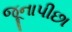
જૂનાપીછા